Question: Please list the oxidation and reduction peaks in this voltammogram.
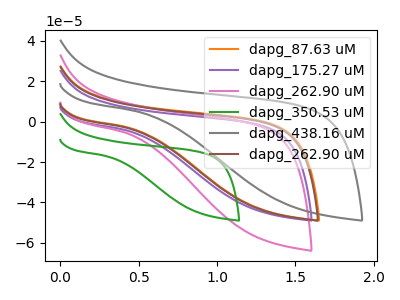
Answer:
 <answer>The orange curve "dapg_87.63 uM" has no peaks. The purple curve "dapg_175.27 uM" has no peaks. The pink curve "dapg_262.90 uM" has no peaks. The green curve "dapg_350.53 uM" has no peaks. The gray curve "dapg_438.16 uM" has no peaks. The brown curve "dapg_262.90 uM" has no peaks.</answer>
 <eval></eval>